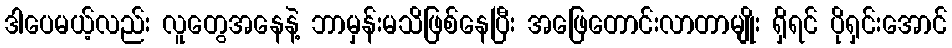
ဒါပေမယ့်လည်း လူတွေအနေနဲ့ ဘာမှန်းမသိဖြစ်နေပြီး အဖြေတောင်းလာတာမျိုး ရှိရင် ပိုရှင်းအောင်